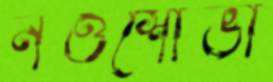
নওশোভা